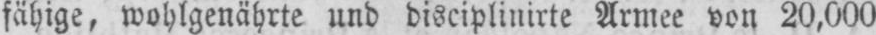
fähige, wohlgenährte und disciplinirte Armee von 20,000